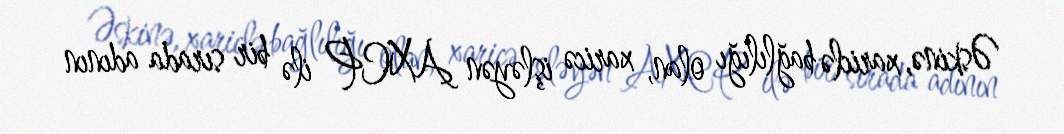
Əskinə, xariclə bağlılığı olan, xaricə işləyən AXCP ilə bir sırada adının